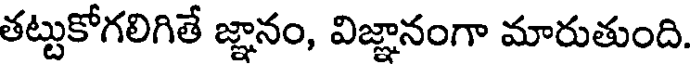
తట్టుకోగలిగితే జ్ఞానం, విజ్ఞానంగా మారుతుంది.